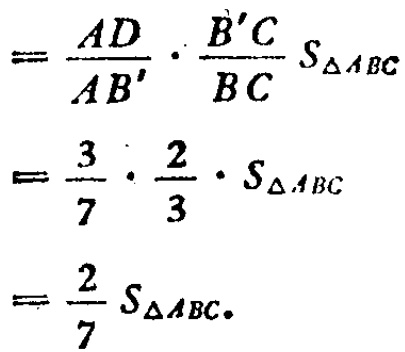
\[

\begin{align*}

&=\frac{AD}{AB'}\cdot\frac{B'C}{BC}S_{\triangle ABC}\\

&=\frac{3}{7}\cdot\frac{2}{3}\cdot S_{\triangle ABC}\\

&=\frac{2}{7}S_{\triangle ABC}.

\end{align*}

\]